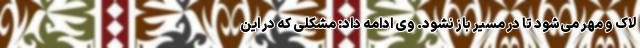
لاک و مهر می‌شود تا در مسیر باز نشود. وی ادامه داد: مشکلی که در این